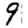
Digit: 9